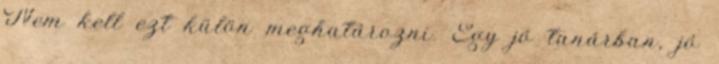
Nem kell ezt külön meghatározni. Egy jó tanárban, jó